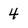
Character: 4